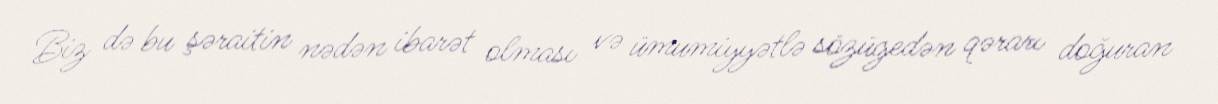
Biz də bu şəraitin nədən ibarət olması və ümumiyyətlə sözügedən qərarı doğuran